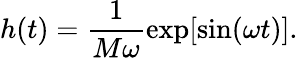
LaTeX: h(t)=\frac{1}{M\omega}\exp[\sin(\omega t)].